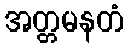
အတ္တမနတံ